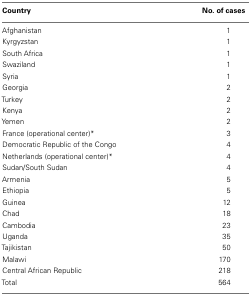
| Country | No. of cases |
 | --- | --- |
 | Afghanistan | 1 |
 | Kyrgyzstan | 1 |
 | South Africa | 1 |
 | Swaziland | 1 |
 | Syria | 1 |
 | Georgia | 2 |
 | Turkey | 2 |
 | Kenya | 2 |
 | Yemen | 2 |
 | France (operational center)* | 3 |
 | Democratic Republic of the Congo | 4 |
 | Netherlands (operational center)* | 4 |
 | Sudan/South Sudan | 4 |
 | Armenia | 5 |
 | Ethiopia | 5 |
 | Guinea | 12 |
 | Chad | 18 |
 | Cambodia | 23 |
 | Uganda | 35 |
 | Tajikistan | 50 |
 | Malawi | 170 |
 | Central African Republic | 218 |
 | Total | 564 |